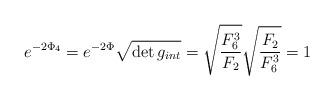
LaTeX: \begin{align*}e^{-2\Phi_4} = e^{-2\Phi} \sqrt{\det g_{int}} =\sqrt{ {F_6^3 \over F_2}}\sqrt{ {F_2 \over F_6^3}} = 1\end{align*}